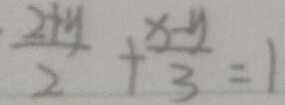
\frac { 2 + y } { 2 } + \frac { x - y } { 3 } = 1